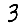
Digit: 3